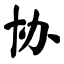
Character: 协